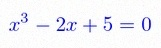
x^3-2x+5=0